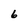
Character: 6